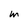
Character: m